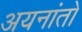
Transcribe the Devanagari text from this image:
अयनांतों